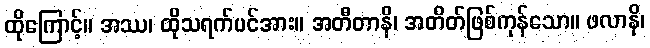
ထိုကြောင့်။ အဿ၊ ထိုသရက်ပင်အား။ အတီတာနိ၊ အတိတ်ဖြစ်ကုန်သော။ ဖလာနိ၊